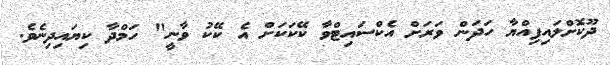
ދޫކޮށްލައިފިއްޔާ ހަދަން ވަރަށް އެކްސައިޓްވާ ކޭކަކަށް އެ ކޭކު ވާނީ" ހަމްދާ ކިޔައިދިނެވެ.